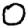
Digit: 0